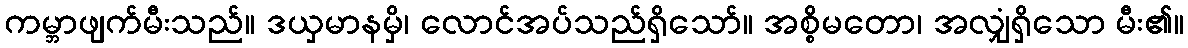
ကမ္ဘာဖျက်မီးသည်။ ဒယှမာနမှိ၊ လောင်အပ်သည်ရှိသော်။ အစ္စိမတော၊ အလျှံရှိသော မီး၏။